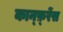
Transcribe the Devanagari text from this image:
कान्‍फ़्रेंस